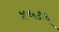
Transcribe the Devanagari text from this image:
५६९६